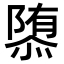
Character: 𮥠